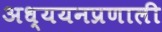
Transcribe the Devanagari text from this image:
अध्ययनप्रणाली